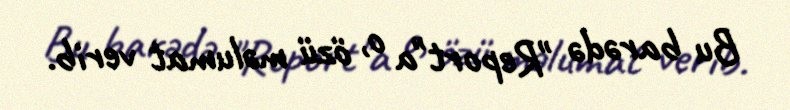
Bu barədə "Report"a o, özü məlumat verib.